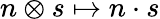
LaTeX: n\otimes s\mapsto n\cdot s